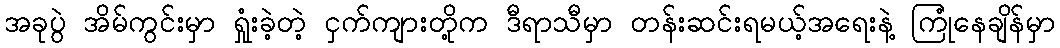
အခုပွဲ အိမ်ကွင်းမှာ ရှုံးခဲ့တဲ့ ငှက်ကျားတို့က ဒီရာသီမှာ တန်းဆင်းရမယ့်အရေးနဲ့ ကြုံနေချိန်မှာ